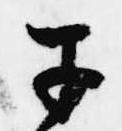
于